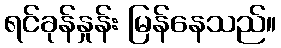
ရင်ခုန်နှုန်း မြန်နေသည်။